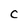
Character: C